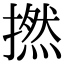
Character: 撚